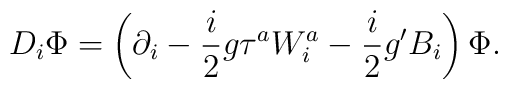
D_{i}\Phi=\left( \partial_{i} - \frac{i}{2}g \tau^a W^a_{i}-\frac{i}{2}g^{\prime} B_{i}\right) \Phi .